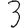
Digit: 3